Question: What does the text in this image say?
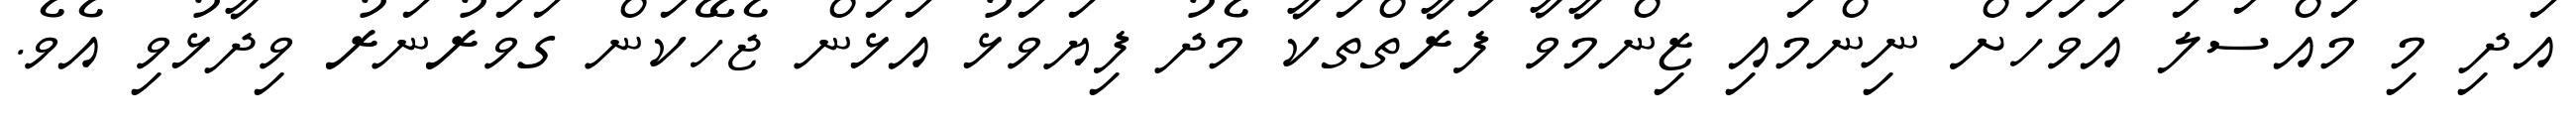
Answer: އަދި މި މައްސަލަ އަވަހަށް ނިންމައި ޒިންމާވާ ފަރާތްތަކާ މެދު ފިޔަވަޅު އަޅަން ޖެހޭކަން ގަވަރުނަރު ވިދާޅުވި އެވެ.